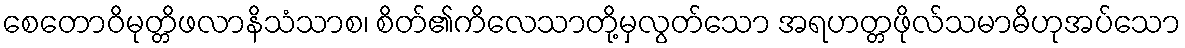
စေတောဝိမုတ္တိဖလာနိသံသာစ၊ စိတ်၏ကိလေသာတို့မှလွတ်သော အရဟတ္တဖိုလ်သမာဓိဟုအပ်သော